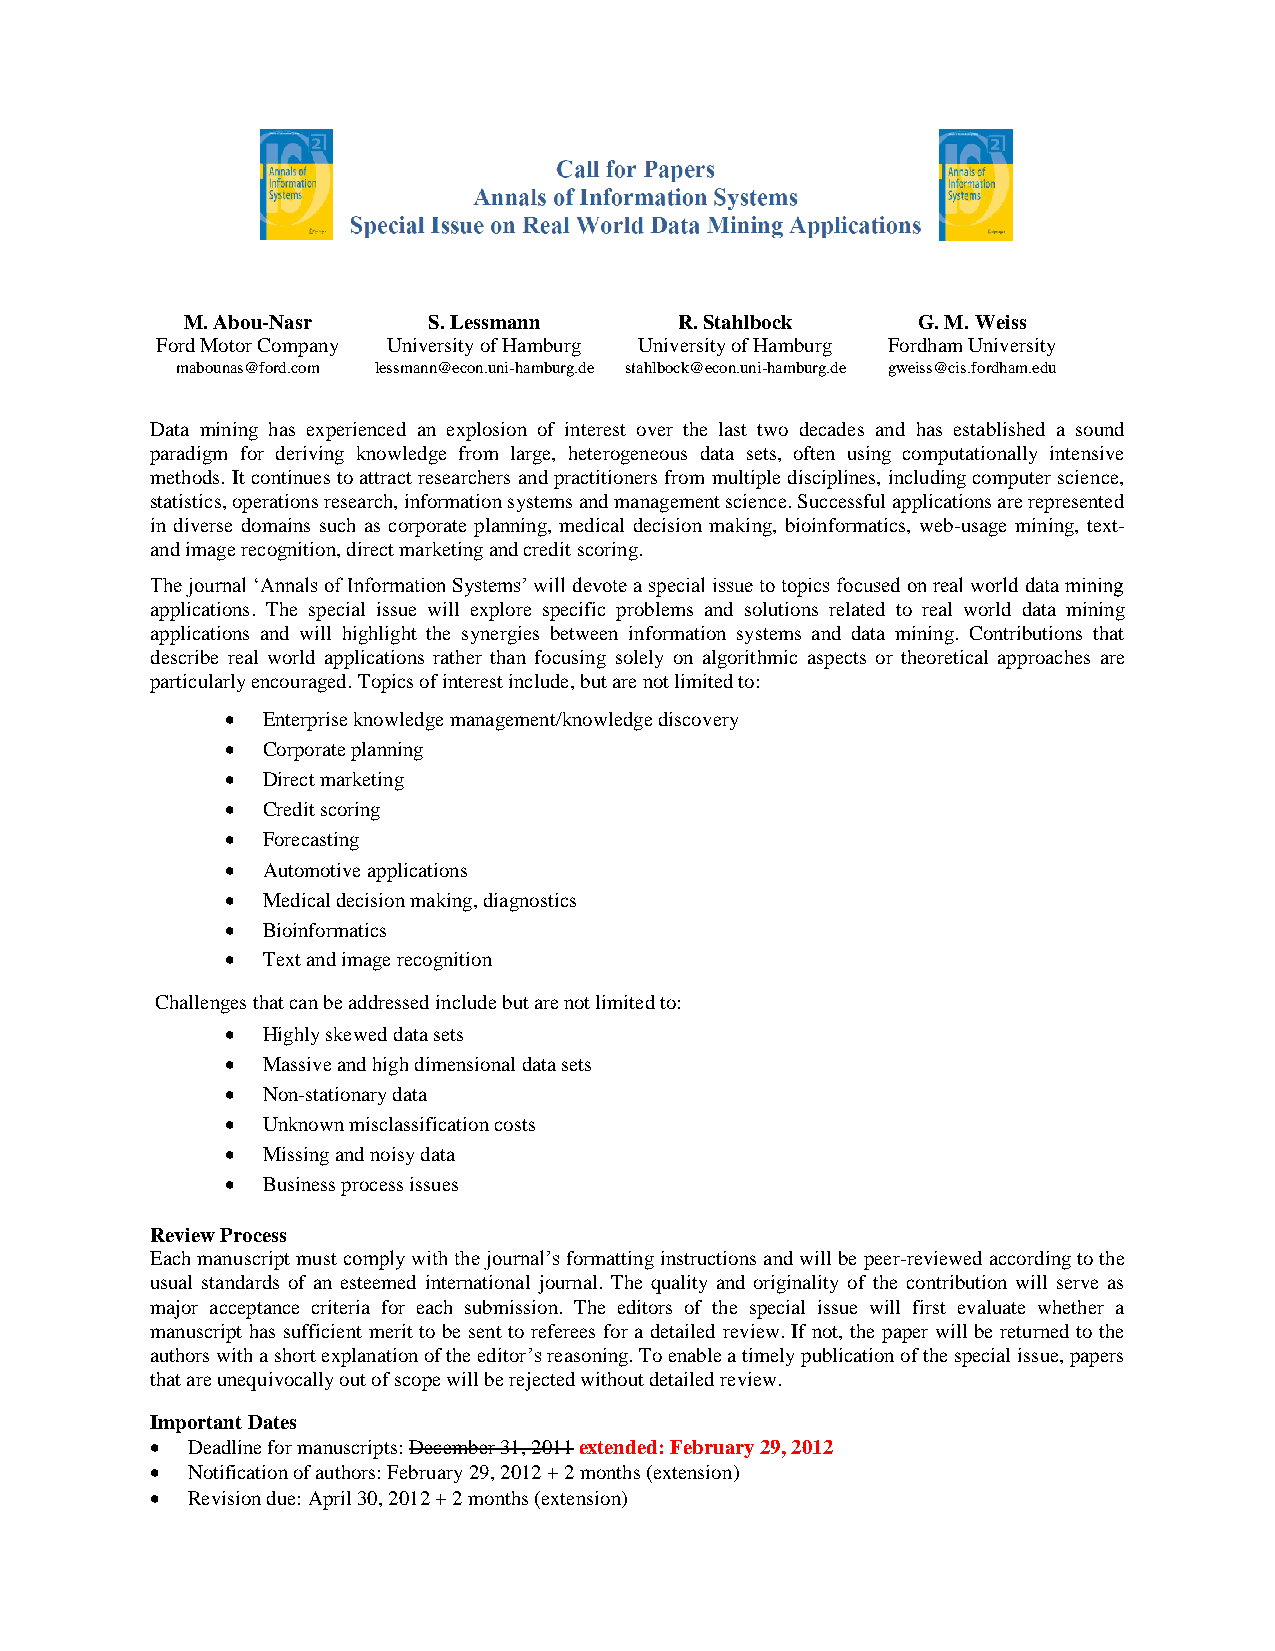
M. Abou-Nasr    S. Lessmann      R. Stahlbock    G. M. Weiss
 Ford Motor Company University of Hamburg University of Hamburg Fordham University
 mabounas@ford.com lessmann@econ.uni-hamburg.de stahlbock@econ.uni-hamburg.de gweiss@cis.fordham.edu
 Data mining has experienced an explosion of interest over the last two decades and has established a sound
 paradigm for deriving knowledge from large, heterogeneous data sets, often using computationally intensive
 methods. It continues to attract researchers and practitioners from multiple disciplines, including computer science,
 statistics, operations research, information systems and management science. Successful applications are represented
 in diverse domains such as corporate planning, medical decision making, bioinformatics, web-usage mining, text-
 and image recognition, direct marketing and credit scoring.
 The journal ‘Annals of Information Systems’ will devote a special issue to topics focused on real world data mining
 applications. The special issue will explore specific problems and solutions related to real world data mining
 applications and will highlight the synergies between information systems and data mining. Contributions that
 describe real world applications rather than focusing solely on algorithmic aspects or theoretical approaches are
 particularly encouraged. Topics of interest include, but are not limited to:
  Enterprise knowledge management/knowledge discovery
  Corporate planning
  Direct marketing
  Credit scoring
  Forecasting
  Automotive applications
  Medical decision making, diagnostics
  Bioinformatics
  Text and image recognition
 Challenges that can be addressed include but are not limited to:
  Highly skewed data sets
  Massive and high dimensional data sets
  Non-stationary data
  Unknown misclassification costs
  Missing and noisy data
  Business process issues
 Review Process
 Each manuscript must comply with the journal’s formatting instructions and will be peer-reviewed according to the
 usual standards of an esteemed international journal. The quality and originality of the contribution will serve as
 major acceptance criteria for each submission. The editors of the special issue will first evaluate whether a
 manuscript has sufficient merit to be sent to referees for a detailed review. If not, the paper will be returned to the
 authors with a short explanation of the editor’s reasoning. To enable a timely publication of the special issue, papers
 that are unequivocally out of scope will be rejected without detailed review.
 Important Dates
  Deadline for manuscripts: December 31, 2011 extended: February 29, 2012
  Notification of authors: February 29, 2012 + 2 months (extension)
  Revision due: April 30, 2012 + 2 months (extension)